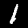
Label: 1